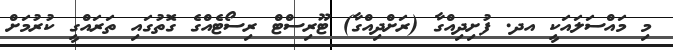
މި މައްސަލައަކީ އދ. ފުށިދިއްގާ (ރަށްދިއްގާ) ޓޫރިސްޓް ރިސޯޓެއްގެ ގޮތުގައި ތަރައްގީ ކުރުމަށް